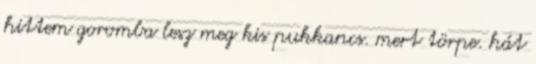
hittem goromba lesz meg kis pukkancs. mert törpe. hát